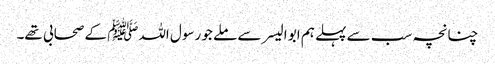
چنانچہ سب سے پہلے ہم ابو الیسر سے ملے جو رسول اللہﷺ کے صحابی تھے۔